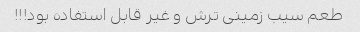
طعم سیب زمینی ترش و غیر قابل استفاده بود!!!